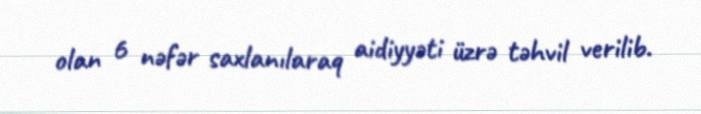
olan 6 nəfər saxlanılaraq aidiyyəti üzrə təhvil verilib.